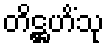
တိဋ္ဌဟိံသု